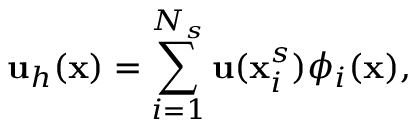
\mathbf { u } _ { h } ( \mathbf { x } ) = \sum _ { i = 1 } ^ { N _ { s } } \mathbf { u } ( \mathbf { x } _ { i } ^ { s } ) { \phi } _ { i } ( \mathbf { x } ) ,